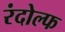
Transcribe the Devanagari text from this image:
रंदोल्फ